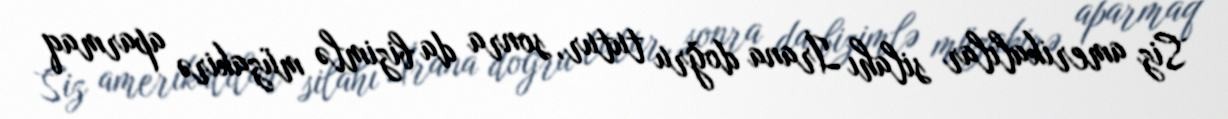
Siz amerikalılar silahı İrana doğru tutur, sonra da bizimlə müzakirə aparmaq